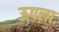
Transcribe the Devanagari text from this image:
ऊपला